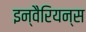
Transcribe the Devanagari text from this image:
इन्वैरियन्स